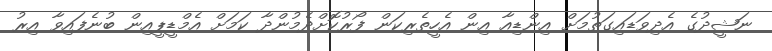
ނަޝީދުގެ އެދިވަޑައިގަތުމަށް އިންޑިއާ އިން އެހީތެރިކަން ފޯރުކޮށްދެމުންދާ ކަމަށް އެމްޑީޕީއިން ބުނެފައިވާ އިރު